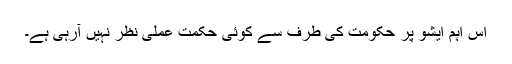
اس اہم ایشو پر حکومت کی طرف سے کوئی حکمت عملی نظر نہیں آرہی ہے۔